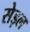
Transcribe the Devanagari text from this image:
सेड़ल